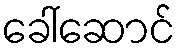
ခေါ်ဆောင်